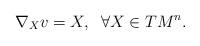
LaTeX: \begin{align*} & \nabla_X v=X,\;\; \forall X\in TM^n.\end{align*}